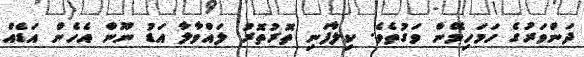
ދަންވަރުގެ ހަމަހިމޭން ވަގުތެވެ. ކިލާފަނި ތޮރުތޮރު ލައްވާލާ އަޑު ނޫން އެހެން އަޑެއް